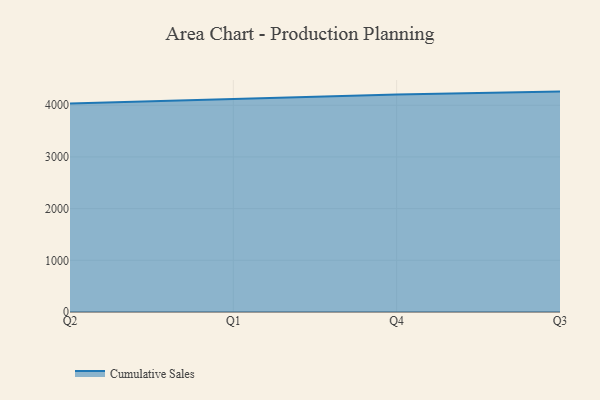
{"axis": {"x": "Quarter", "y": "Churn Rate (%)"}, "legend": ["Cumulative Sales"], "data": [{"x": "Q2", "y": 4033.1, "type": "Cumulative Sales"}, {"x": "Q1", "y": 4125.7, "type": "Cumulative Sales"}, {"x": "Q4", "y": 4208.7, "type": "Cumulative Sales"}, {"x": "Q3", "y": 4264.1, "type": "Cumulative Sales"}]}